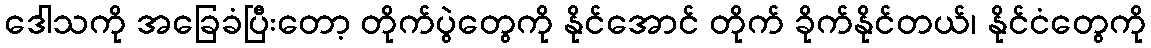
ဒေါသကို အခြေခံပြီးတော့ တိုက်ပွဲတွေကို နိုင်အောင် တိုက် ခိုက်နိုင်တယ်၊ နိုင်ငံတွေကို